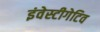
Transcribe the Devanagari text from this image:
इंवेस्टीगेटिव